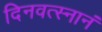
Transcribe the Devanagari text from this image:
दिनवत्स्नानं